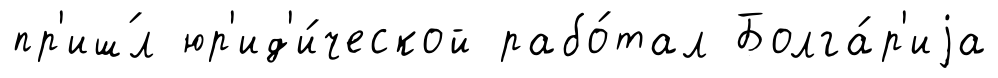
пр'иш́л юр'ид'и́ческой рабо́тал Болга́р'иjа